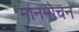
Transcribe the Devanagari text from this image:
मानमोचन